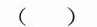
( )